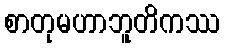
စာတုမဟာဘူတိကဿ